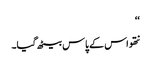
‘‘
نتھو اس کے پاس بیٹھ گیا۔